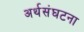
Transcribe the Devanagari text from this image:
अर्थसंघटना